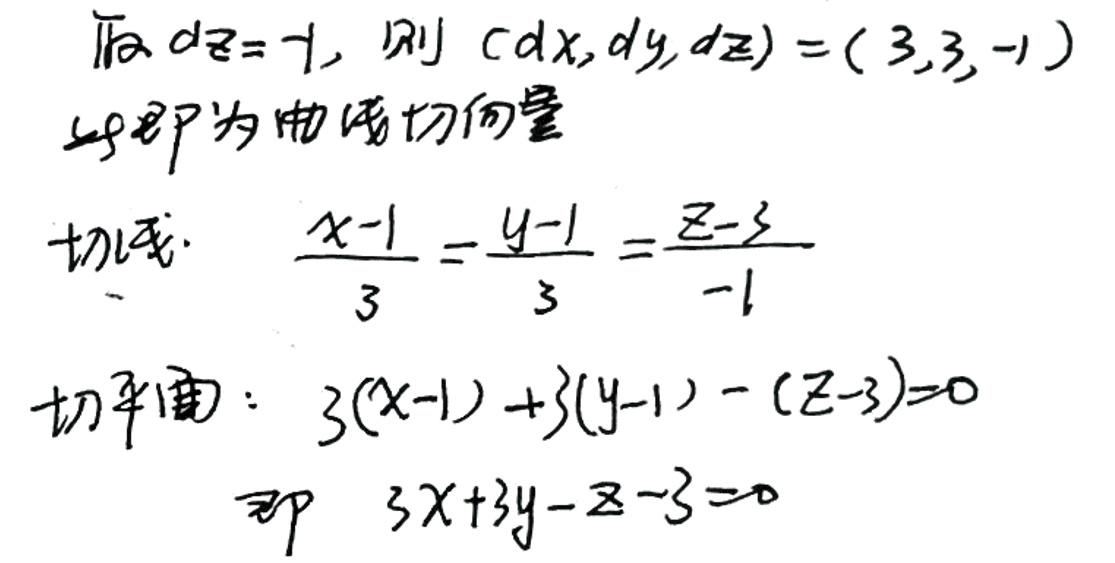
若\(ds = 1\)，则\((dx, dy, dz)=(3,3,-1)\)

此即为曲线切向量

切线：\(\frac{x - 1}{3}=\frac{y - 1}{3}=\frac{z - 3}{-1}\)

切平面：\(3(x - 1)+3(y - 1)-(z - 3)=0\)

即\(3x + 3y - z - 3 = 0\)